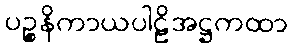
ပဉ္စနိကာယပါဠိအဋ္ဌကထာ